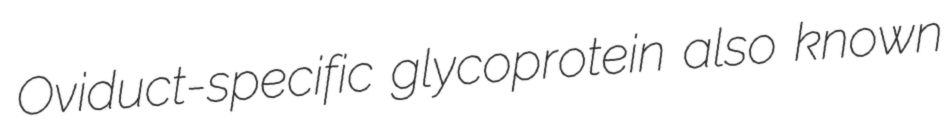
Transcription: Oviduct-specific glycoprotein also known